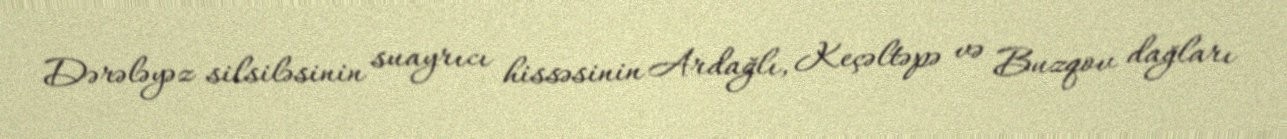
Dərələyəz silsiləsinin suayrıcı hissəsinin Ardağlı, Keçəltəpə və Buzqov dağları